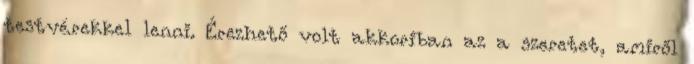
testvérekkel lenni. Érezhető volt akkoriban az a szeretet, amiről